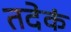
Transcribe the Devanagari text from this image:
तदेकं